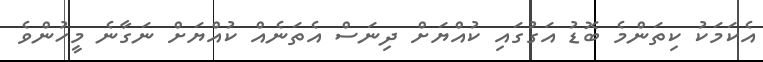
އެކަމަކު ކިތަންމެ ބޮޑު އަގުގައި ކުއްޔަށް ދިނަސް އެތަނެއް ކުއްޔަށް ނަގާނެ މީހުންވެ